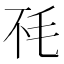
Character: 𰚏